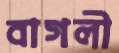
বাগলী